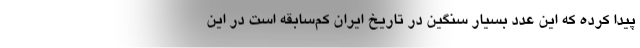
پیدا کرده که این عدد بسیار سنگین در تاریخ ایران کم‌سابقه است در این